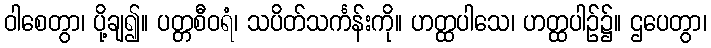
ဝါစေတွာ၊ ပို့ချ၍။ ပတ္တစီဝရံ၊ သပိတ်သင်္ကန်းကို။ ဟတ္ထပါသေ၊ ဟတ္ထပါဉ်၌။ ဌပေတွာ၊